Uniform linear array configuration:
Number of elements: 8
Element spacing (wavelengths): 0.5
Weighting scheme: binomial
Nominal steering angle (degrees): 30
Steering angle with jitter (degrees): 28.875
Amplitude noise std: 0.05
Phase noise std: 0.05

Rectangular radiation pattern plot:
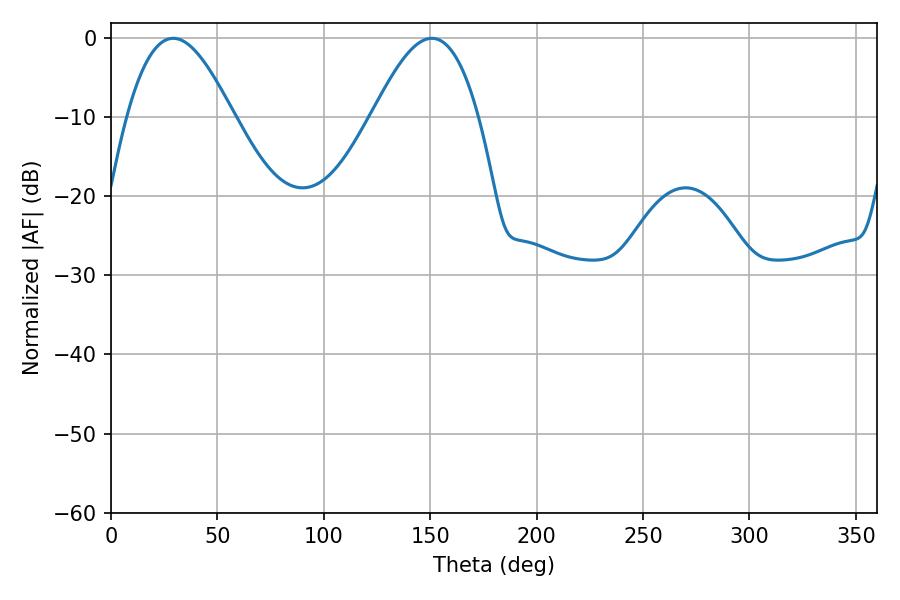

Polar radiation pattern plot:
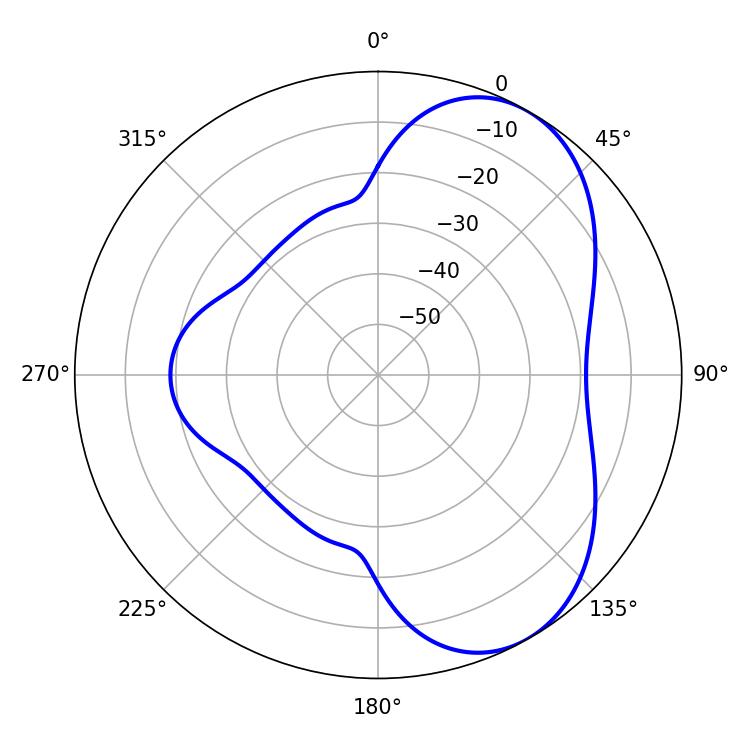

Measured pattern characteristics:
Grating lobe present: FALSE
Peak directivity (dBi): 5.776
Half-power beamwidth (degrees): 27
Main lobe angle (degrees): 29.16